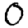
Digit: 0